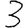
Digit: 3